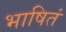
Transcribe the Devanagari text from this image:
भाषितं